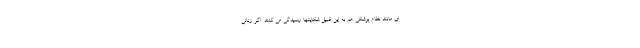
ای مانند نظام پزشکی هم به این قبیل شکایتها رسیدگی می کنند. اگر زنانی